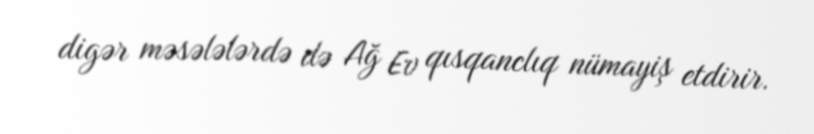
digər məsələlərdə də Ağ Ev qısqanclıq nümayiş etdirir.